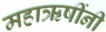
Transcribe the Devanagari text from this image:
महाऋषींनी